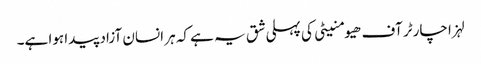
لہزا چارٹر آف ھیومنیٹی کی پہلی شق یہ ہے کہ ہر انسان آزاد پیدا ہوا ہے۔